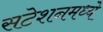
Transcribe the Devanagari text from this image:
सटेशनमध्ये